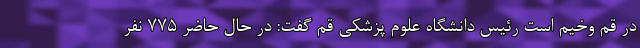
در قم وخیم است رئیس دانشگاه علوم پزشکی قم گفت: در حال حاضر ۷۷۵ نفر